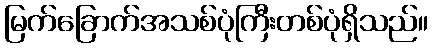
မြက်ခြောက်အသစ်ပုံကြီးတစ်ပုံရှိသည်။